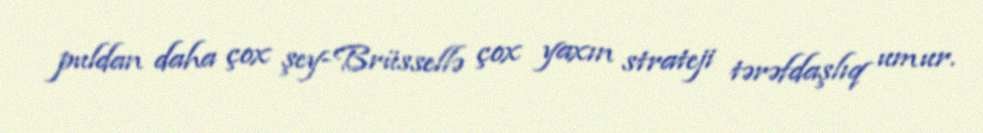
puldan daha çox şey-Brüssellə çox yaxın strateji tərəfdaşlıq umur.